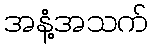
အနံ့အသက်